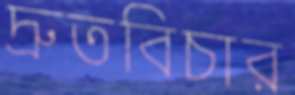
দ্রুতবিচার